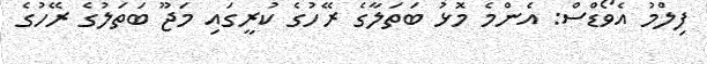
ފިލްމު އެވޯޑްސް: އެންމެ މޮޅު ބަތަލާގެ ރޭހުގެ ކުރީގައި މަޖޫ ބަތަލުގެ ރޭހުގެ